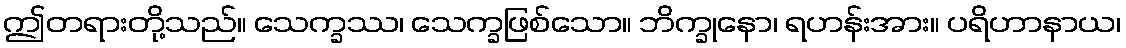
ဤတရားတို့သည်။ သေက္ခဿ၊ သေက္ခဖြစ်သော။ ဘိက္ခုနော၊ ရဟန်းအား။ ပရိဟာနာယ၊